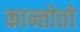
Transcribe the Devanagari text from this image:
कान्तोतो